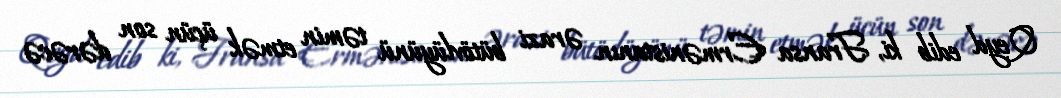
Qeyd edib ki, Fransa Ermənistanın ərazi bütövlüyünü təmin etmək üçün son dərəcə